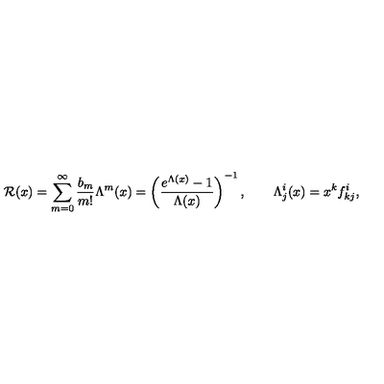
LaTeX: { \cal R } ( x ) = \sum _ { m = 0 } ^ { \infty } \frac { b _ { m } } { m ! } \Lambda ^ { m } ( x ) = \left( \frac { e ^ { \Lambda ( x ) } - 1 } { \Lambda ( x ) } \right) ^ { - 1 } , \qquad \Lambda _ { j } ^ { i } ( x ) = x ^ { k } f _ { k j } ^ { i } ,